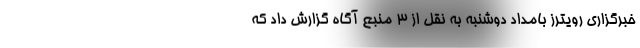
خبرگزاری رویترز بامداد دوشنبه به نقل از ۳ منبع آگاه گزارش داد که